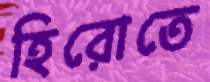
হিরোতে